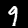
Label: 9